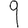
Digit: 9